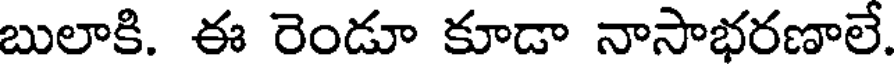
బులాకి. ఈ రెండూ కూడా నాసాభరణాలే.